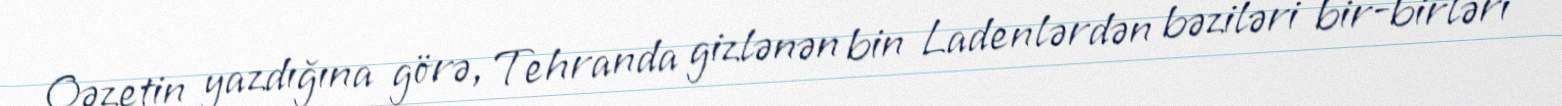
Qəzetin yazdığına görə, Tehranda gizlənən bin Ladenlərdən bəziləri bir-birləri